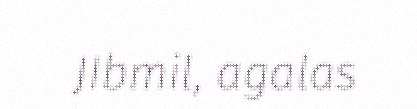
JIbmil, agalas